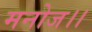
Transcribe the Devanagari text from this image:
मनोज।।